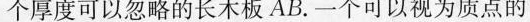
个厚度可以忽略的长木板AB.一个可以视为质点的